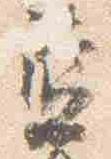
藍